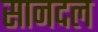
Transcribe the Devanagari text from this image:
सानदल